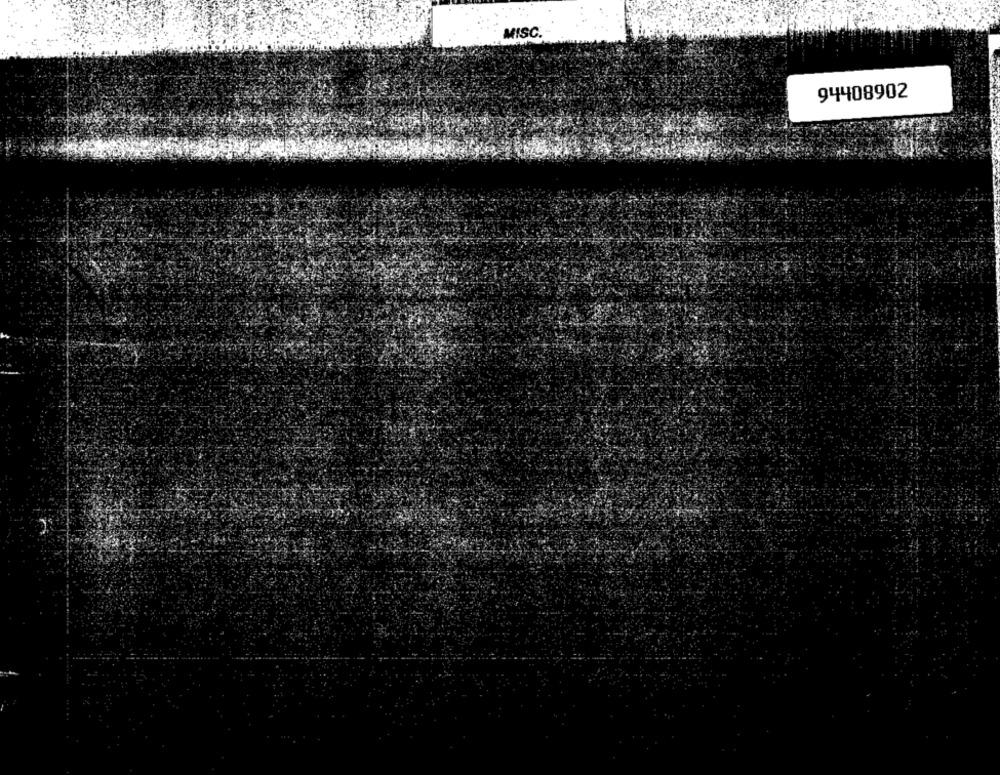
MISC.
94408902